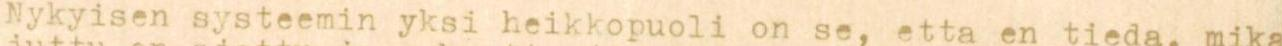
Nykyisen systeemin yksi heikkopuoli on se, etta en tieda, mika